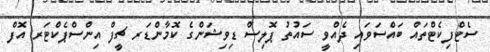
ސެޓްފިކެޓްތައް ބައްސަވައި ދެއްވީ ސައުތު ޕޮލިސް ޑިވިޝަންގެ ކޮމާންޑަރ ޗީފް އިންސްޕެކްޓަރ އޮފް